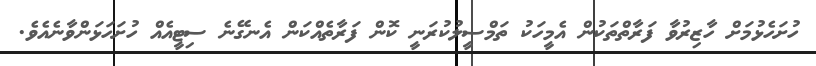
ހުށަހެޅުމަށް ހާޒިރުވާ ފަރާތްތަކުން އެމީހަކު ތަމްސީލުކުރަނީ ކޮން ފަރާތެއްކަން އެނގޭނެ ސިޓީއެއް ހުށަހަޅަންވާނެއެވެ.